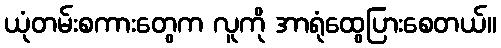
ယုံတမ်းစကားတွေက လူကို အာရုံထွေပြားစေတယ်။